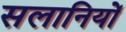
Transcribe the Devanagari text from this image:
सलानियों